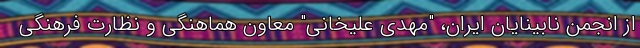
از انجمن نابينايان ايران، "مهدى عليخانى" معاون هماهنگى و نظارت فرهنگی